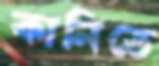
কানিতে